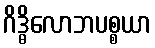
ဂိဒ္ဓိလောဘပစ္စယာ